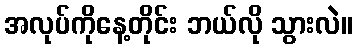
အလုပ်ကိုနေ့တိုင်း ဘယ်လို သွားလဲ။